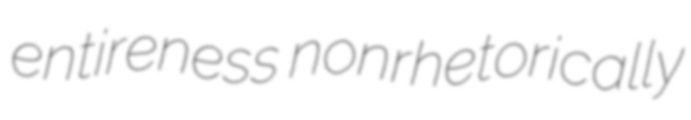
entireness nonrhetorically